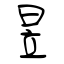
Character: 昱